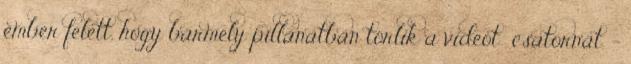
ember felett, hogy bármely pillanatban törlik a videót csatornát. -